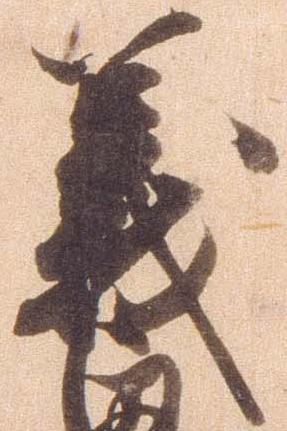
義